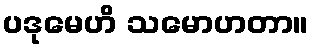
ပဒုမေဟိ သမောဟတာ။